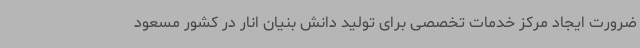
ضرورت ایجاد مرکز خدمات تخصصی برای تولید دانش بنیان انار در کشور مسعود